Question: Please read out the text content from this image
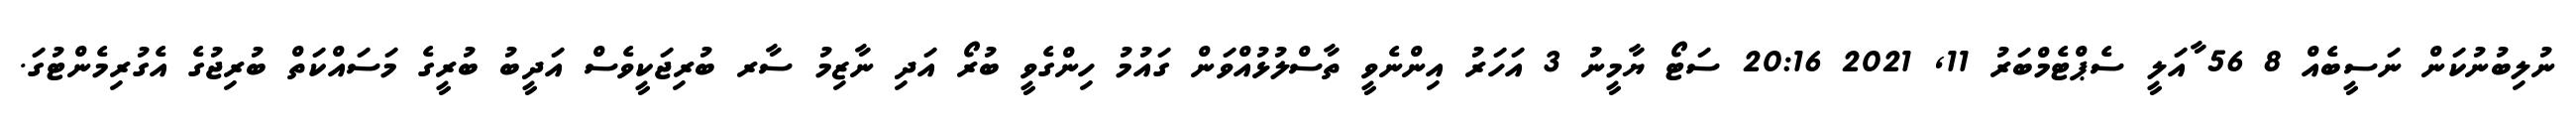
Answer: ނުލިބުނުކަން ނަސީބެއް 8 56 ާއަލީ ސެޕްޓެމްބަރު 11, 2021 20:16 ސަޓޯ ޔާމީނު 3 އަހަރު އިންނެވީ ތާސްލުޅުއްވަން ގައުމު ހިންގެވީ ބުރޯ އަދި ނާޒިމު ސާރ ބުރިޖަކީވެސް އަދީބު ބުރީގެ މަސައްކަތް ބުރިޖުގެ އެގުރިމެންޓުގަ.